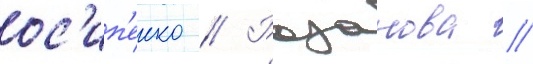
ос'ип'енко // Розанова //